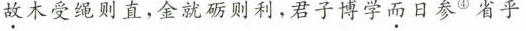
故木受绳则直，金就砺则利，君子博学而日参^{④}省乎